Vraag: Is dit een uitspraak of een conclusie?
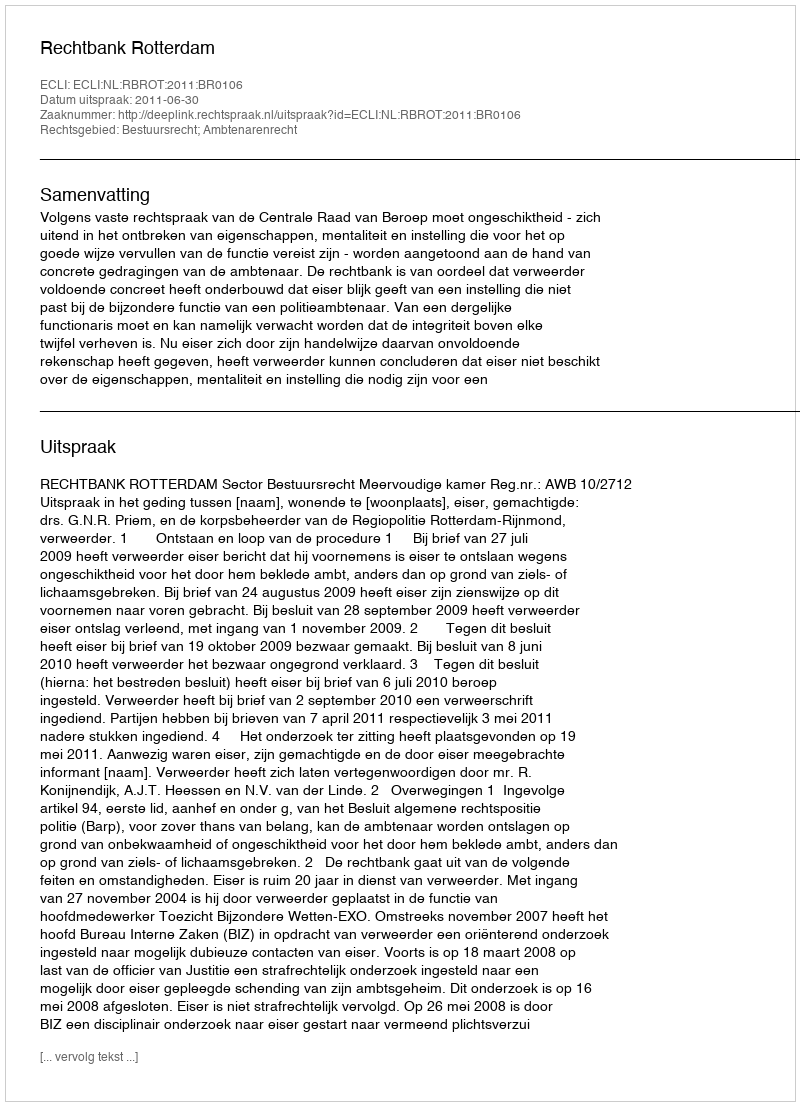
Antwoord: Uitspraak